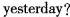
yesterday?